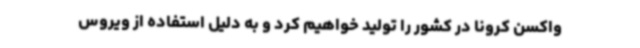
واکسن کرونا در کشور را تولید خواهیم کرد و به دلیل استفاده از ویروس